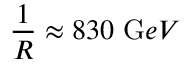
\frac { 1 } { R } \approx 8 3 0 \, \, { \mathrm G e V }